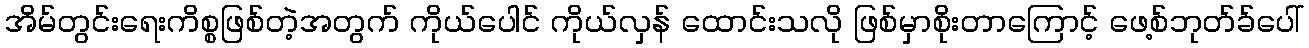
အိမ်တွင်းရေးကိစ္စဖြစ်တဲ့အတွက် ကိုယ်ပေါင် ကိုယ်လှန် ထောင်းသလို ဖြစ်မှာစိုးတာကြောင့် ဖေ့စ်ဘုတ်ခ်ပေါ်